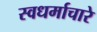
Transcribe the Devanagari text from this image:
स्वधर्माचारे